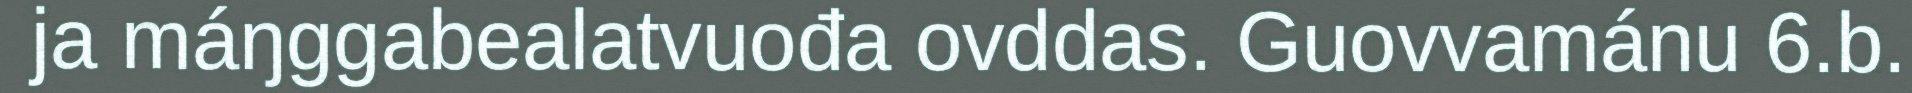
ja máŋggabealatvuođa ovddas. Guovvamánu 6.b.